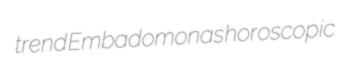
trend Embadomonas horoscopic